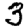
Digit: 3